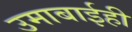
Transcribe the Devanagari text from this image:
उमाबाईही